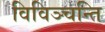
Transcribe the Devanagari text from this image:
विविञ्चन्ति